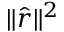
\| { \hat { r } } \| ^ { 2 }